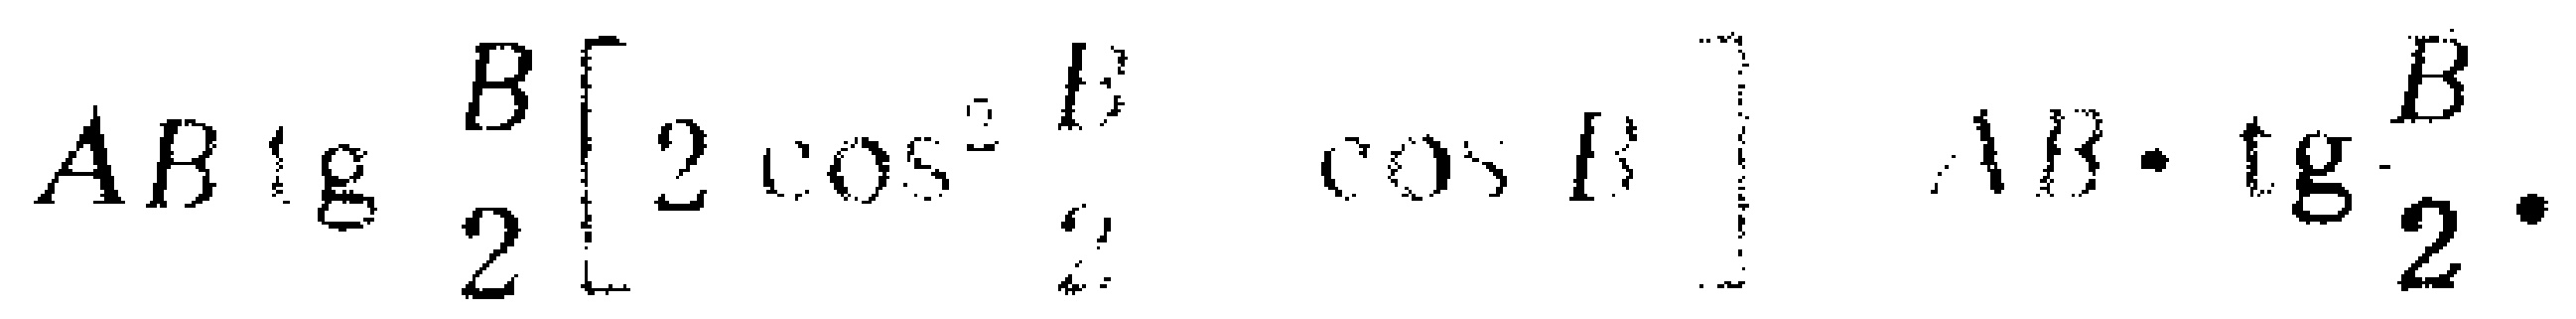
$AB\operatorname{tg}\frac{B}{2}\left[2\cos^{2}\frac{B}{2}-\cos B\right]=AB\cdot\operatorname{tg}\frac{B}{2}\cdot$